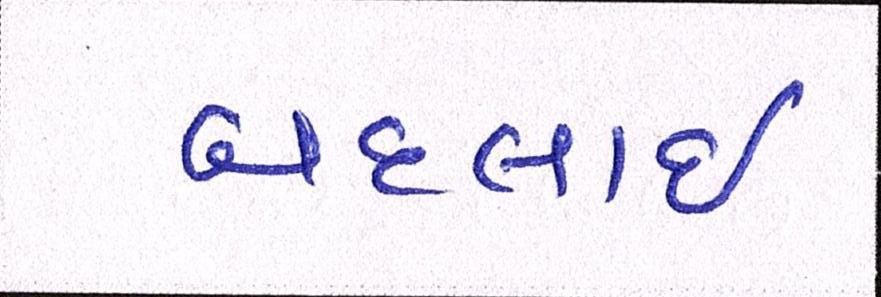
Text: બદલાઈ